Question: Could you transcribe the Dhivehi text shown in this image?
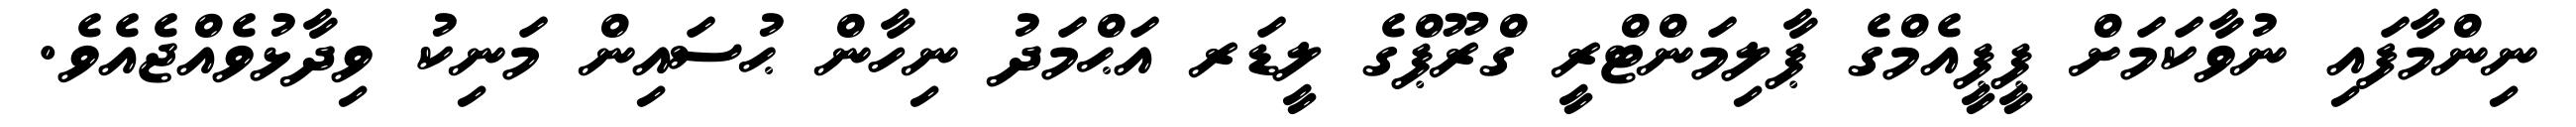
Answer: ނިންމާފައި ނުވާކަމަށް ޕީޕީއެމްގެ ޕާލިމަންޓްރީ ގްރޫޕްގެ ލީޑަރ އަޙްމަދު ނިހާން ޙުސައިން މަނިކު ވިދާޅުވެއްޖެއެވެ.